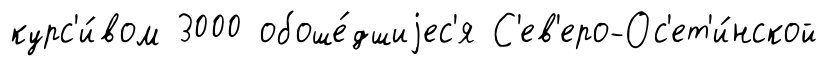
курс'и́вом 3000 обоше́дшиjес'я С'ев'еро-Ос'ет'и́нской